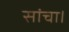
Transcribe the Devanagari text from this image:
सांचा।